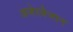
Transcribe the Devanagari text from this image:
अजेरबैजान